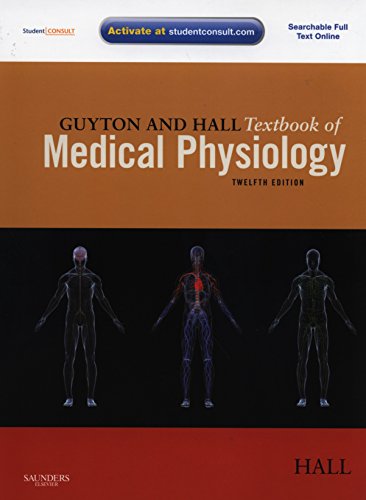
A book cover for Guyton and Hall Textbook of Medical Physiology, 12e; John E. Hall; Medical Books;